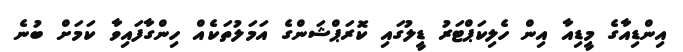
އިންޑިއާގެ މީޑިއާ އިން ހެލިކަޕްޓަރު ޑީލުގައި ކޮރަޕްޝަންގެ އަމަލުތަކެއް ހިންގާފައިވާ ކަމަށް ބުނެ